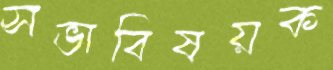
সভাবিষয়ক